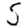
Digit: 5